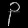
Digit: ၃